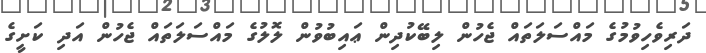
ދަރިވެހިވުމުގެ މައްސަލަތައް ޖެހުން ލިބޭކުދިން ޢައިބުވުން ލޮލުގެ މައްސަލަތައް ޖެހުން އަދި ކަށީގެ